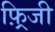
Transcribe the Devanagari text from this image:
फ़्रिजी